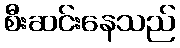
စီးဆင်းနေသည်